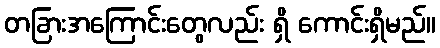
တခြားအကြောင်းတွေလည်း ရှိ ကောင်းရှိမည်။